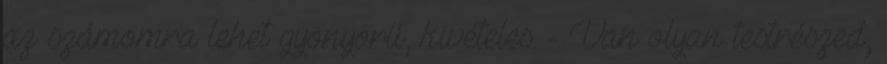
az számomra lehet gyönyörű, kivételes. - Van olyan testrészed,